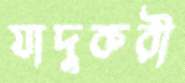
যাদুকরী